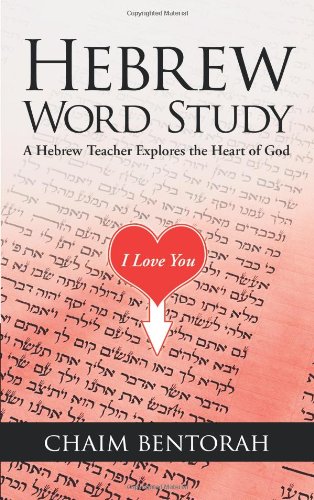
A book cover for Hebrew Word Study: A Hebrew Teacher Explores the Heart of God; Chaim Bentorah; Reference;